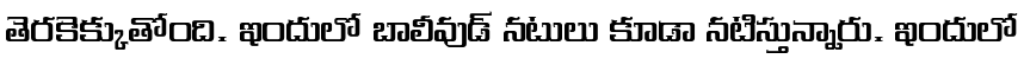
తెరకెక్కుతోంది. ఇందులో బాలీవుడ్ నటులు కూడా నటిస్తున్నారు. ఇందులో